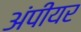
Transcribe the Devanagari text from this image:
अंपीयर